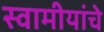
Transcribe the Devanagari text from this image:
स्वामीयांचे